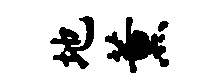
地薰